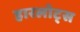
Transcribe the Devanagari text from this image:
हारलोट्स